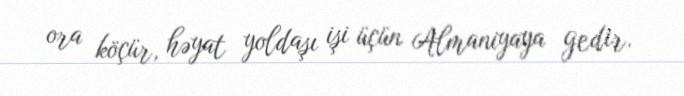
ora köçür, həyat yoldaşı işi üçün Almaniyaya gedir.